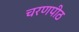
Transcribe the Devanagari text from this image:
चरणपीठ